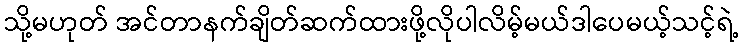
သို့မဟုတ် အင်တာနက်ချိတ်ဆက်ထားဖို့လိုပါလိမ့်မယ်ဒါပေမယ့်သင့်ရဲ့